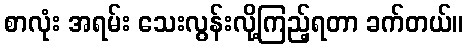
စာလုံး အရမ်း သေးလွန်းလို့ကြည့်ရတာ ခက်တယ်။